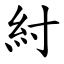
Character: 紂